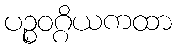
ပဉ္စဝဂ္ဂိယကထာ